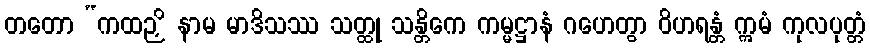
တတော “ကထဉှိ နာမ မာဒိသဿ သတ္ထု သန္တိကေ ကမ္မဋ္ဌာနံ ဂဟေတွာ ဝိဟရန္တံ ဣမံ ကုလပုတ္တံ